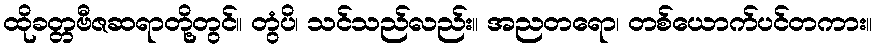
ထိုခတ္တဗီဇဆရာတို့တွင်။ တွံပိ၊ သင်သည်လည်း။ အညတရော၊ တစ်ယောက်ပင်တကား။